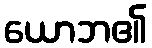
ယောဘ၏